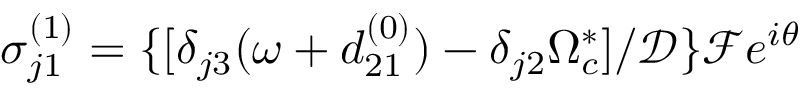
\sigma _ { j 1 } ^ { ( 1 ) } = \{ [ \delta _ { j 3 } ( \omega + d _ { 2 1 } ^ { ( 0 ) } ) - \delta _ { j 2 } \Omega _ { c } ^ { \ast } ] / \mathcal { D } \} \mathcal { F } e ^ { i \theta }